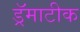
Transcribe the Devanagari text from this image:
ड्रॅमाटीक